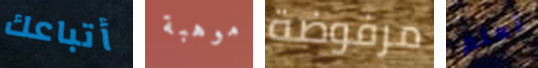
أتباعك موهبة مرفوضة تعلم